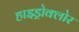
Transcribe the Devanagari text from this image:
हाइड्रोक्लोर